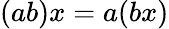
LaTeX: (ab)x=a(bx)